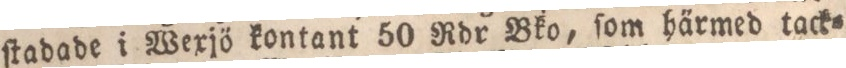
ſtadade i Wexjö kontant 50 Rdr Bko, ſom ha̋rmed tack=